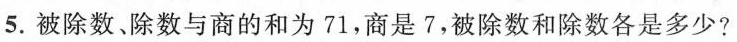
5.被除数。除数与商的和为71，商是7，被除数和除数各是多少?